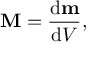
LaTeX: \mathbf { M } = { \frac { \mathrm { d } \mathbf { m } } { \mathrm { d } V } } ,